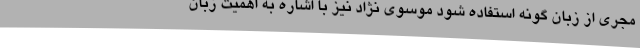
مجری از زبان گونه استفاده شود موسوی نژاد نیز با اشاره به اهمیت زبان